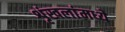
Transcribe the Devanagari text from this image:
शृंखलांमध्ये